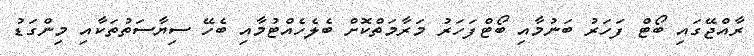
ރާއްޖޭގައި ބޯޓް ފަހަރު ބަނުމާއި ބޯޓްފަހަރު މަރާމަތްކޮށް ބެލެހެއްޓުމާއި ބެހޭ ސިޔާސަތުތަކާއި މިންގަޑު